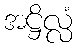
အဋ္ဌိလ္လံ